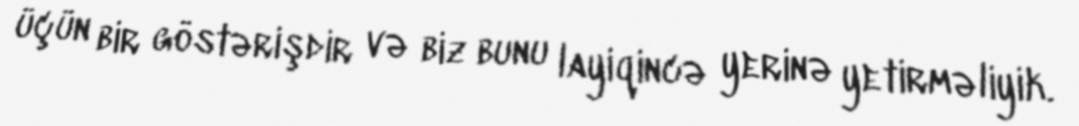
üçün bir göstərişdir və biz bunu layiqincə yerinə yetirməliyik.